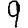
Digit: 9